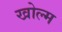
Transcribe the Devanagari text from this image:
खोल्म